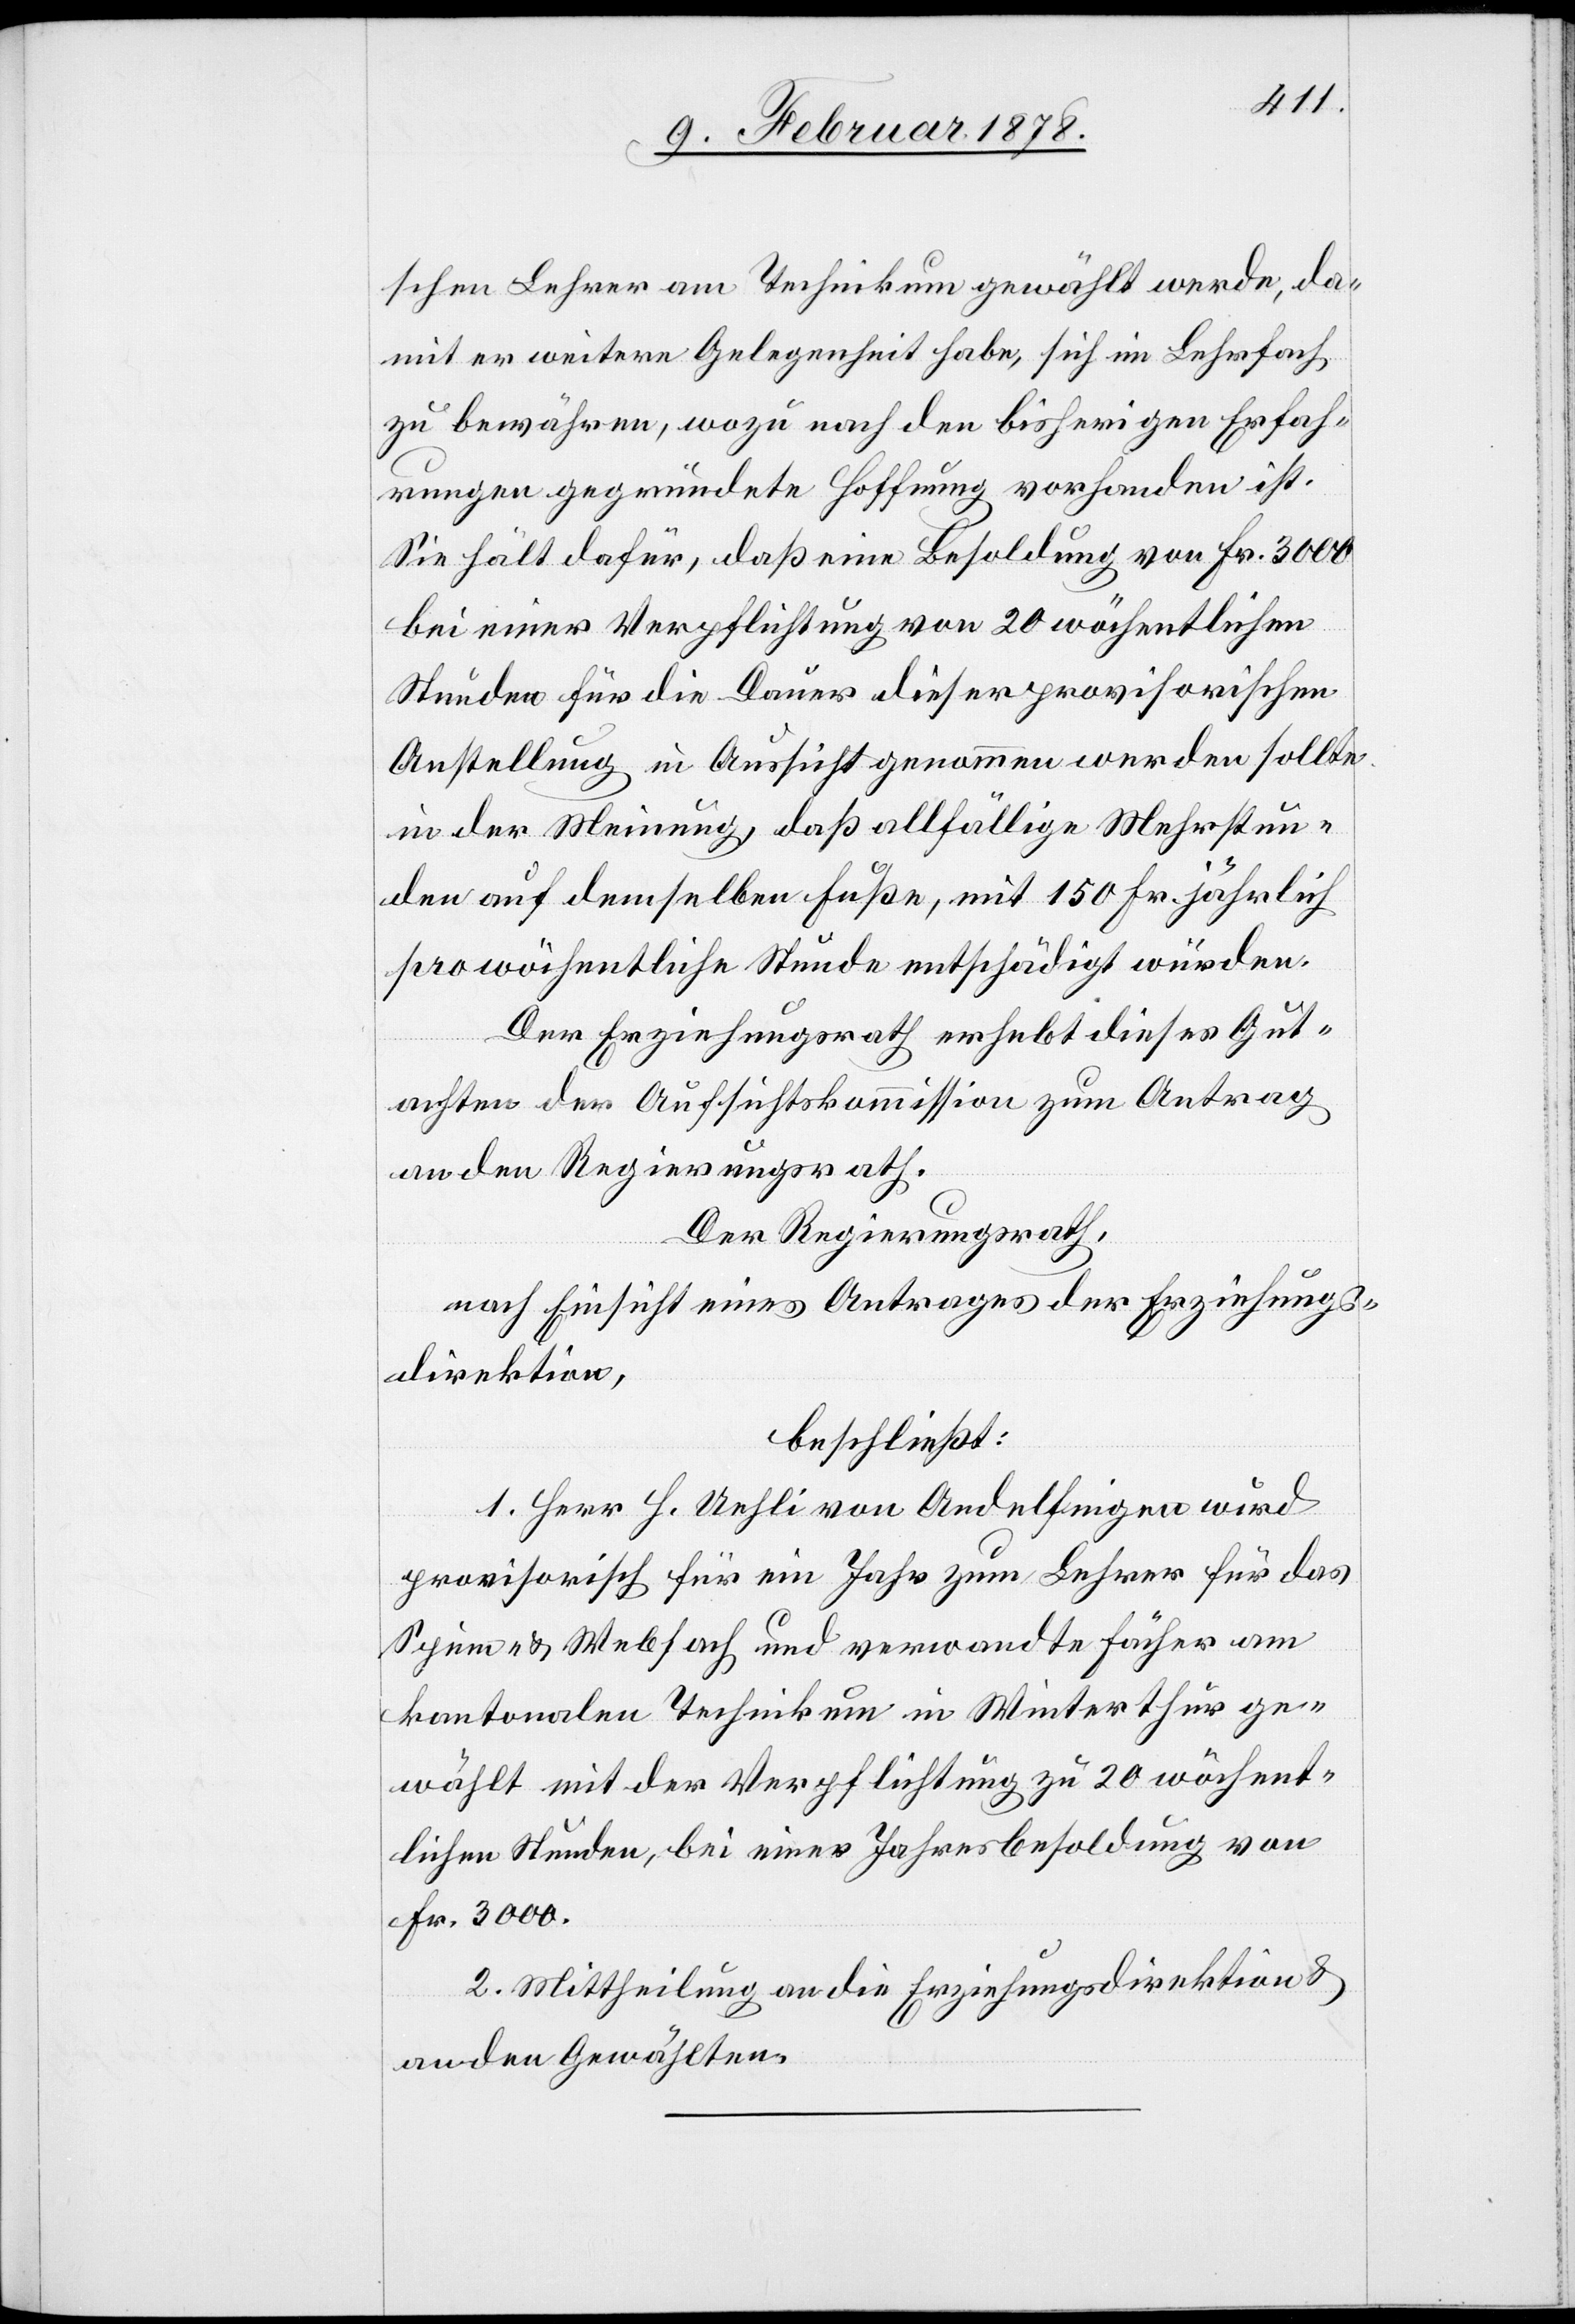
schen Lehrer am Technikum gewählt werde, da¬
mit er weitere Gelegenheit habe, sich im Lehrfach
zu bewähren, wozu nach den bisherigen Erfah¬
rungen gegründete Hoffnung vorhanden ist.
Sie hält dafür, daß eine Besoldung von Fr. 3000
bei einer Verpflichtung von 20 wöchentlichen
Stunden für die Dauer dieser provisorischen
Anstellung in Aussicht genommen werden sollte,
in der Meinung, daß allfällige Mehrstun¬
den auf demselben Fuße, mit 150 Fr. jährlich
pro wöchentliche Stunde entschädigt würden.
Der Erziehungsrath erhebt dieses Gut¬
achten der Aufsichtskommission zum Antrag
an den Regierungsrath.
Der Regierungsrath,
nach Einsicht eines Antrages der Erziehungs¬
direktion,
beschließt:
1. Herr H. Uehli von Andelfingen wird
provisorisch für ein Jahr zum Lehrer für das
Spinn- & Webfach und verwandte Fächer am
kantonalen Technikum in Winterthur ge¬
wählt mit der Verpflichtung zu 20 wöchent¬
lichen Stunden, bei einer Jahresbesoldung von
Fr. 3000.
2. Mittheilung an die Erziehungsdirektion &
an den Gewählten.